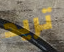
تريد